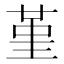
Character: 堇